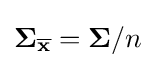
{\mathbf {\Sigma } }_{\overline {\mathbf {x} }}={\mathbf {\Sigma } }/n